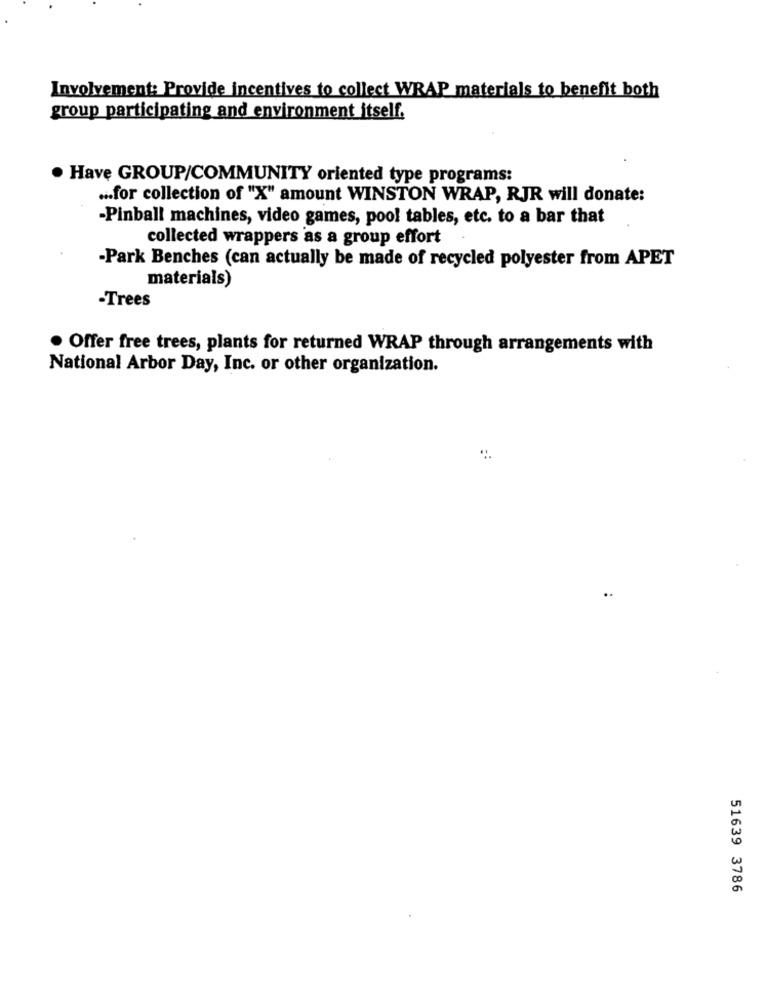
Involvement: Provide incentives to collect WRAP materials to benefit both
group participating and environment itself.
· Have GROUP/COMMUNITY oriented type programs:
.. for collection of "X" amount WINSTON WRAP, RJR will donate:
-Pinball machines, video games, pool tables, etc. to a bar that
collected wrappers as a group effort
-Park Benches (can actually be made of recycled polyester from APET
materials)
-Trees
. Offer free trees, plants for returned WRAP through arrangements with
National Arbor Day, Inc. or other organization.
51639 3786